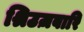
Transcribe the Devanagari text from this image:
श्रिउज़बारि